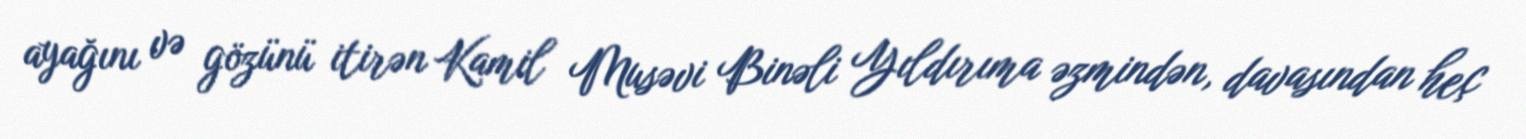
ayağını və gözünü itirən Kamil Musəvi Binəli Yıldırıma əzmindən, davasından heç